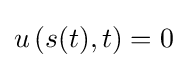
u\left(s(t),t\right)=0